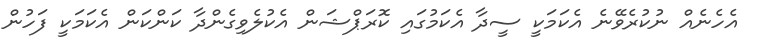
އެހެނެއް ނުކުރެވޭނެ އެކަމަކީ ސީދާ އެކަމުގައި ކޮރަޕްޝަން އެކުލެވިގެންދާ ކަންކަން އެކަމަކީ ފަހުން